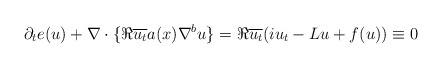
\begin{align*} \partial_{t}e(u) + \nabla \cdot\{\Re \overline{u_{t}}a(x)\nabla^{b}u \} = \Re \overline{u_{t}}(i u_{t} -Lu+f(u)) \equiv0 \end{align*}